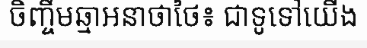
ចិញ្ចឹមឆ្មាអនាថាថៃ៖ ជាទូទៅយើង